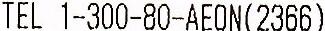
TEL 1-300-80-AEON(2366)